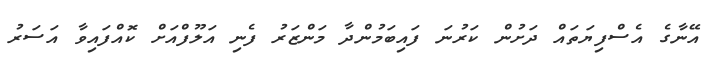
އޭނާގެ އެސްފިޔަތައް ދަށުން ކަރުނަ ފައިބަމުންދާ މަންޒަރު ފެނި އަލޫފްއަށް ކޮއްފައިވާ އަސަރު